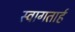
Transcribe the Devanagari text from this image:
स्‍वागतार्ह